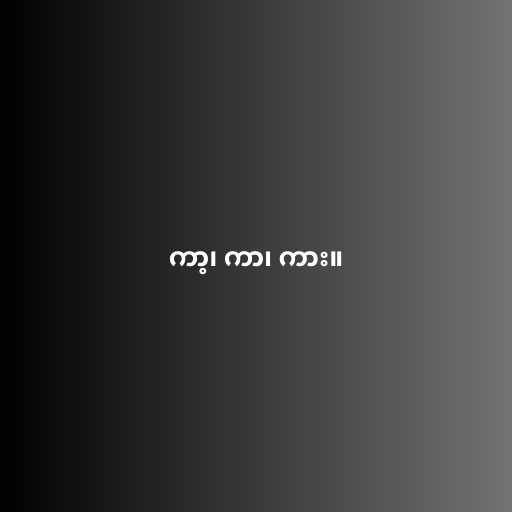
ကာ့၊ ကာ၊ ကား။